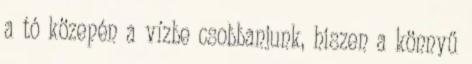
a tó közepén a vízbe csobbanjunk, hiszen a könnyű